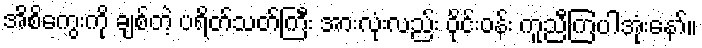
အိစိကွေးကို ချစ်တဲ့ ပရိတ်သတ်ကြီး အားလုံးလည်း ဝိုင်းဝန်း ကူညီကြပါအုံးနော်။